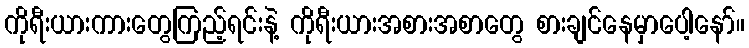
ကိုရီးယားကားတွေကြည့်ရင်းနဲ့ ကိုရီးယားအစားအစာတွေ စားချင်နေမှာပေါ့နော်။